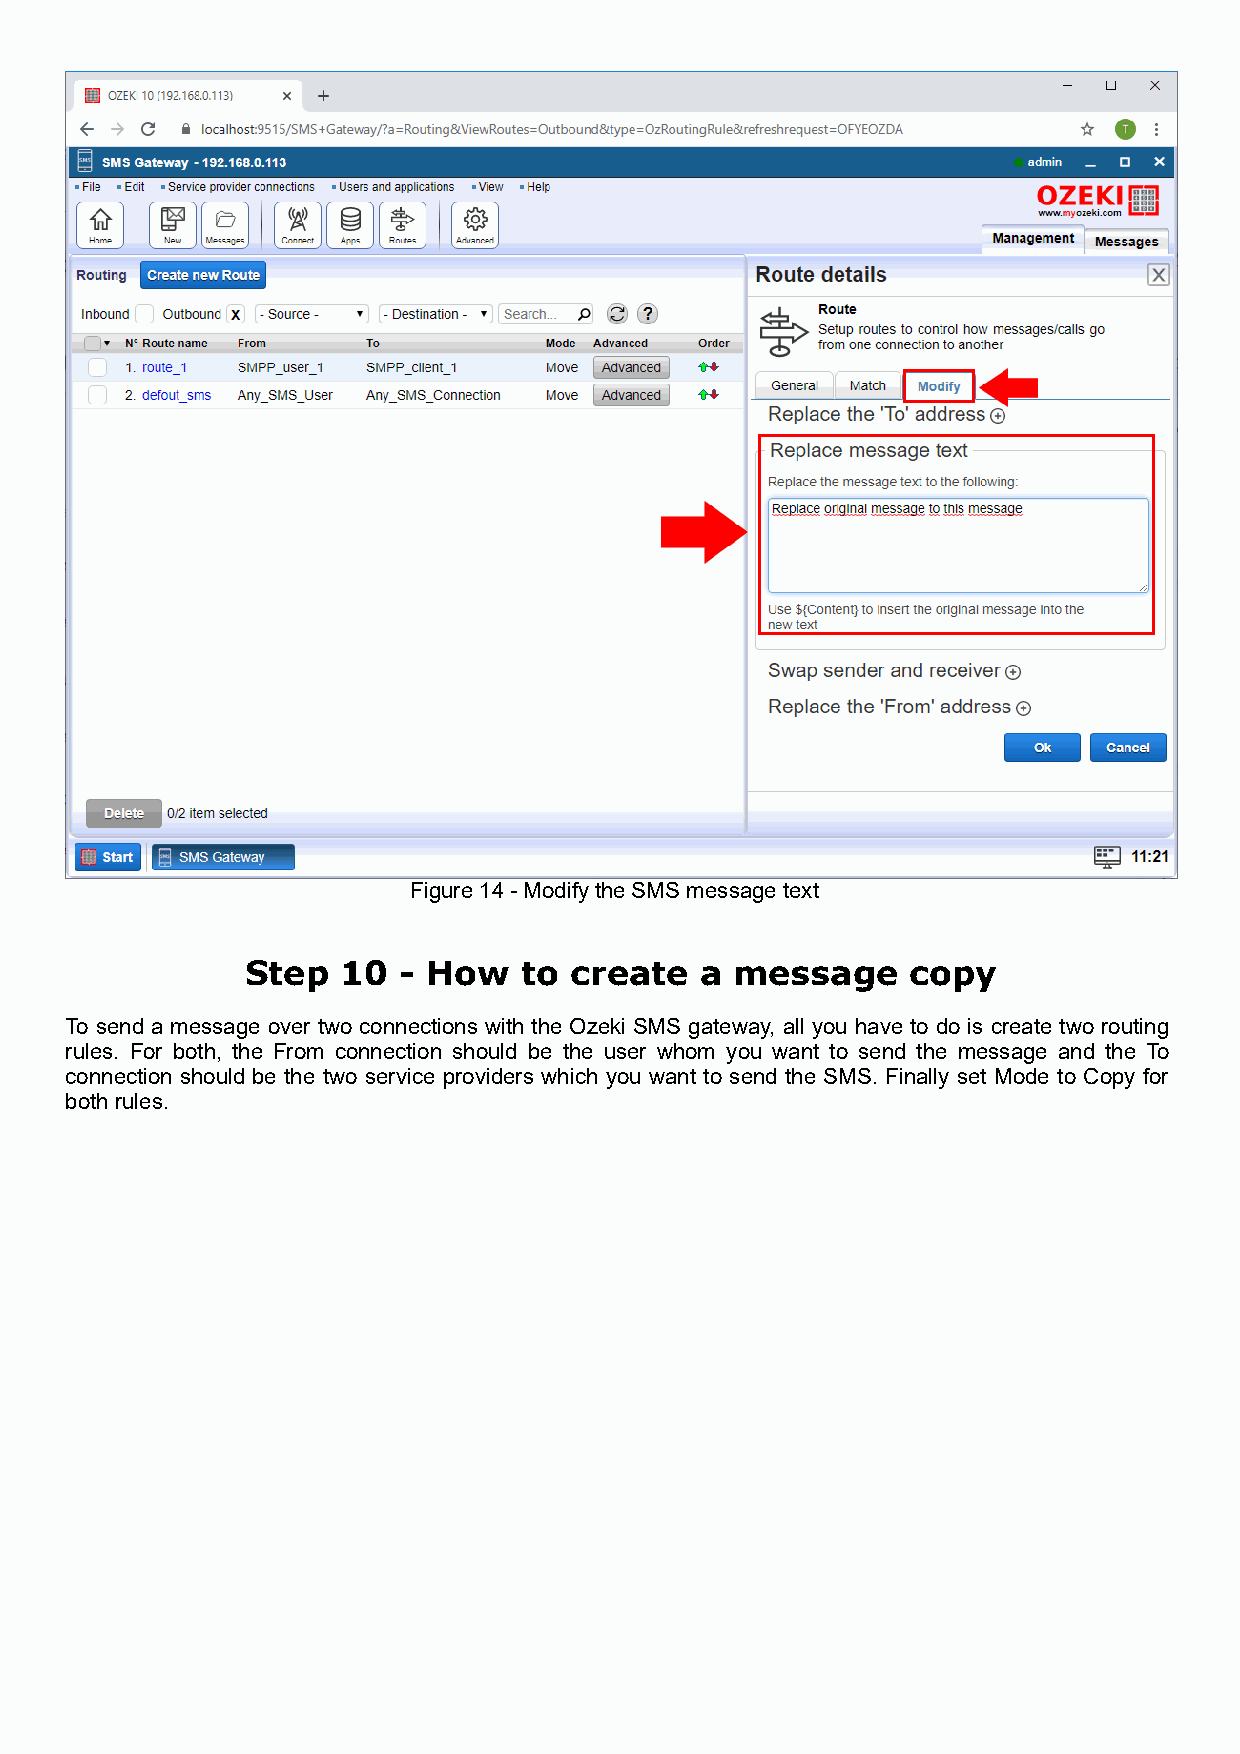
Figure 14 - Modify the SMS message text
 Step   10 - How    to create  a  message    copy
 To send a message over two connections with the Ozeki SMS gateway, all you have to do is create two routing
 rules. For both, the From connection should be the user whom you want to send the message and the To
 connection should be the two service providers which you want to send the SMS. Finally set Mode to Copy for
 both rules.